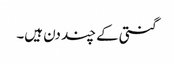
گنتی کے چند دن ہیں۔